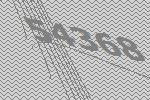
54368